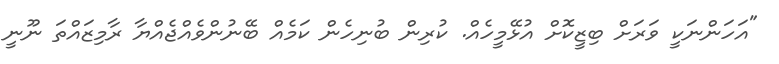
"އަހަންނަކީ ވަރަށް ބިޒީކޮށް އުޅޭމީހެއް. ކުރިން ބުނިހެން ކަމެއް ބޭނުންވެއްޖެއްޔާ ރާމިޒައްތަ ނޫނީ